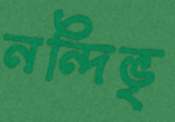
নন্দিভৃ